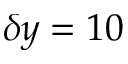
\delta y = 1 0